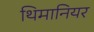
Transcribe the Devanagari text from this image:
थिमानियर